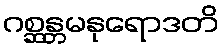
ဂစ္ဆန္တမနုရောဒတိ